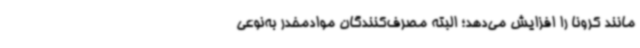
مانند کرونا را افزایش می‌دهد؛ البته مصرف‌کنندگان موادمخدر به‌نوعی